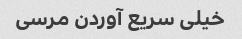
خیلی سریع آوردن مرسی